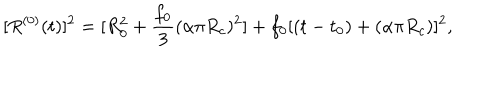
[ R ^ { ( 0 ) } ( t ) ] ^ { 2 } = [ R _ { 0 } ^ { 2 } + \frac { f _ { 0 } } { 3 } ( \alpha \pi R _ { c } ) ^ { 2 } ] + f _ { 0 } [ ( t - t _ { 0 } ) + ( \alpha \pi R _ { c } ) ] ^ { 2 } ,